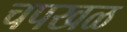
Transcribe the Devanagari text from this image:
चपखळ